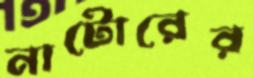
নাটোরের